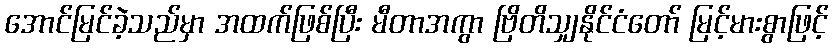
အောင်မြင်ခဲ့သည်မှာ အထက်ဖြစ်ပြီး မီတာအကွာ ဗြိတိသျှနိုင်ငံတော် မြင့်မားစွာဖြင့်